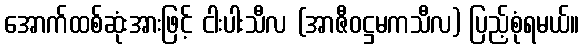
အောက်ထစ်ဆုံးအားဖြင့် ငါးပါးသီလ (အာဇီဝဋ္ဌမကသီလ) ပြည့်စုံရမယ်။